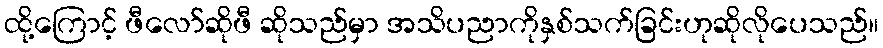
ထို့ကြောင့် ဖီလော်ဆိုဖီ ဆိုသည်မှာ အသိပညာကိုနှစ်သက်ခြင်းဟုဆိုလိုပေသည်။